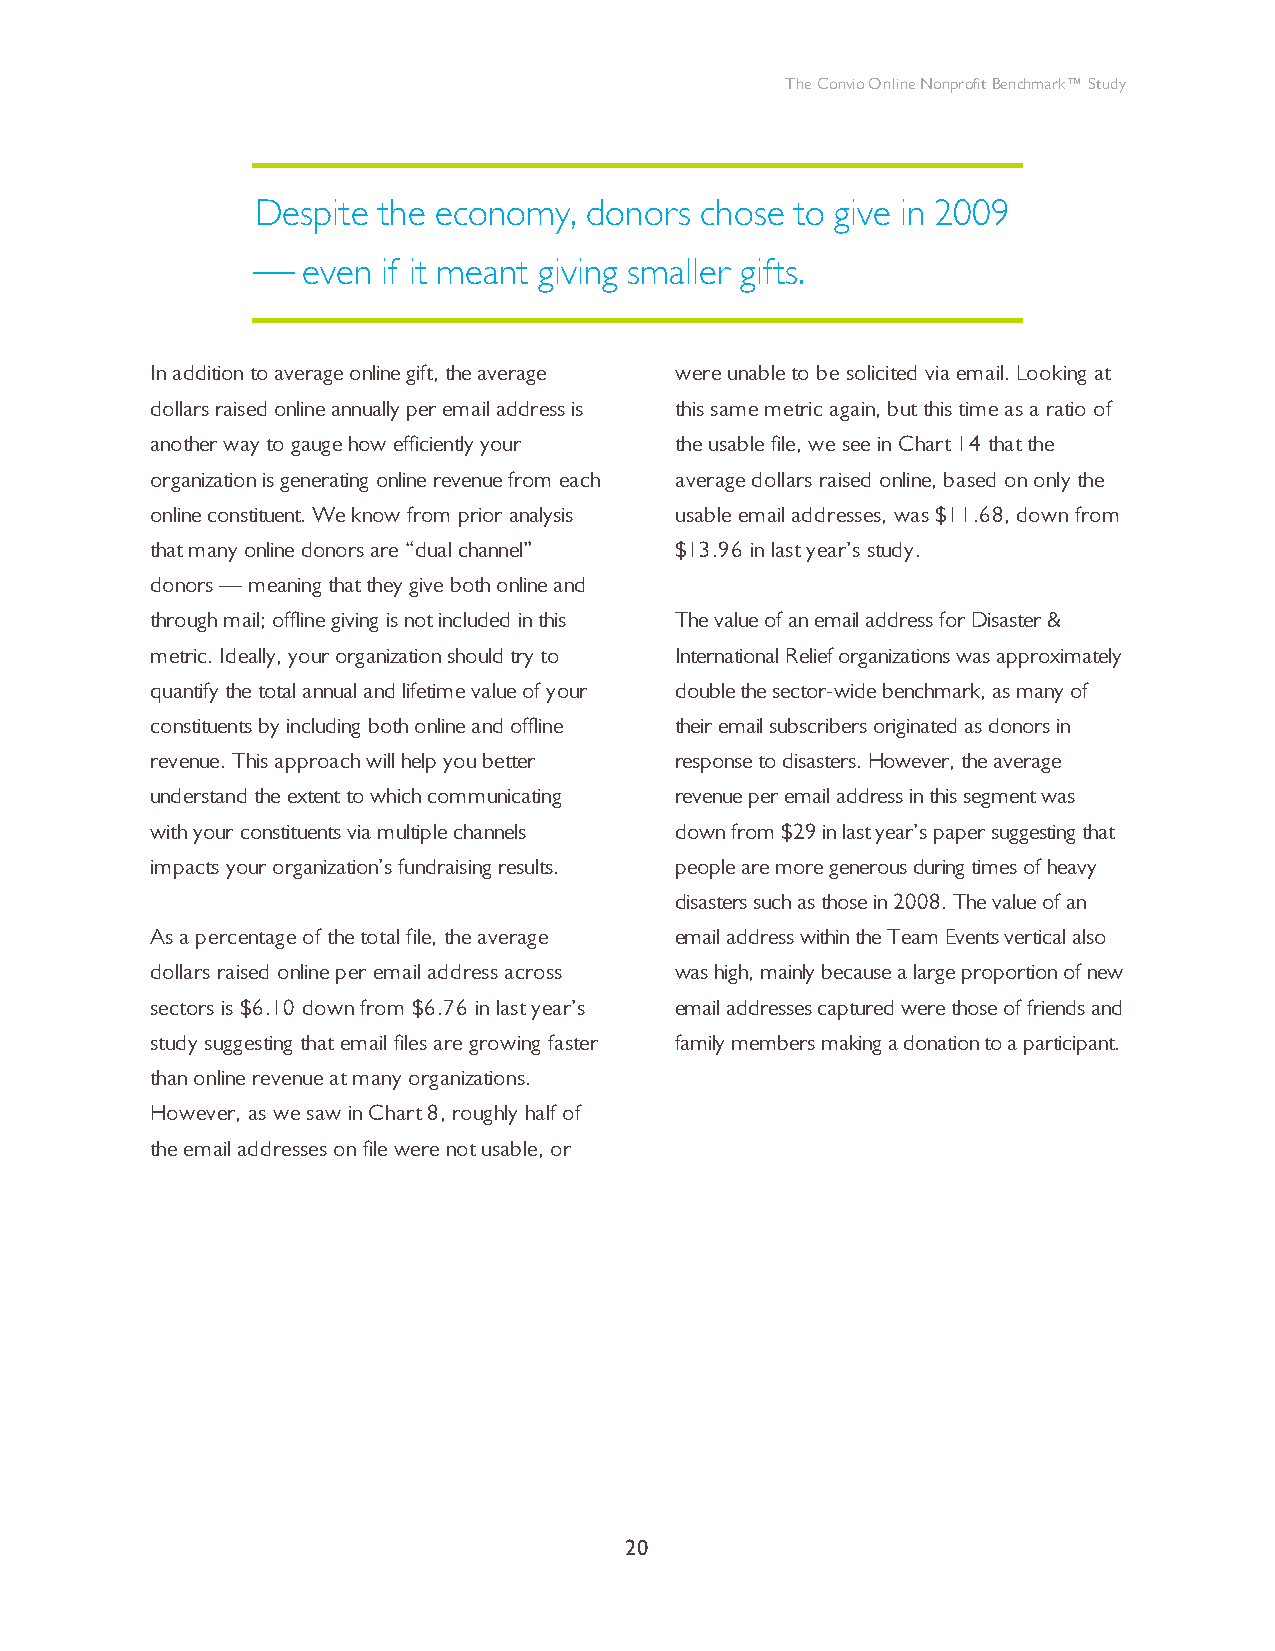
The Convio Online Nonprofit Benchmark™ Study
 Despite the economy,  donors chose  to give in 2009
 ⎯ even if it meant giving smaller gifts.
 In addition to average online gift, the average were unable to be solicited via email. Looking at
 dollars raised online annually per email address is this same metric again, but this time as a ratio of
 another way to gauge how efficiently your the usable file, we see in Chart 14 that the
 organization is generating online revenue from each average dollars raised online, based on only the
 online constituent. We know from prior analysis usable email addresses, was $11.68, down from
 that many online donors are “dual channel” $13.96 in last year’s study.
 donors — meaning that they give both online and
 through mail; offline giving is not included in this The value of an email address for Disaster &
 metric. Ideally, your organization should try to International Relief organizations was approximately
 quantify the total annual and lifetime value of your double the sector-wide benchmark, as many of
 constituents by including both online and offline their email subscribers originated as donors in
 revenue. This approach will help you better response to disasters. However, the average
 understand the extent to which communicating revenue per email address in this segment was
 with your constituents via multiple channels down from $29 in last year’s paper suggesting that
 impacts your organization’s fundraising results. people are more generous during times of heavy
 disasters such as those in 2008. The value of an
 As a percentage of the total file, the average email address within the Team Events vertical also
 dollars raised online per email address across was high, mainly because a large proportion of new
 sectors is $6.10 down from $6.76 in last year’s email addresses captured were those of friends and
 study suggesting that email files are growing faster family members making a donation to a participant.
 than online revenue at many organizations.
 However, as we saw in Chart 8, roughly half of
 the email addresses on file were not usable, or
 20